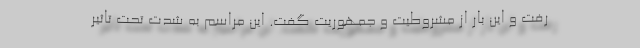
رفت و این بار از مشروطیت و جمهوریت گفت. این مراسم به شدت تحت تاثیر